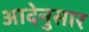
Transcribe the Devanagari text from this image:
आदेनुसार